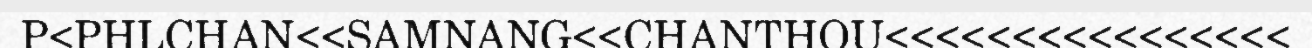
P<PHLCHAN<<SAMNANG<<CHANTHOU<<<<<<<<<<<<<<<<